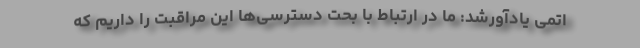
اتمی یادآورشد: ما در ارتباط با بحت دسترسی‌ها این مراقبت را داریم که